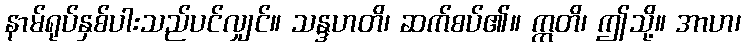
နာမ်ရုပ်နှစ်ပါးသည်ပင်လျှင်။ သန္ဒဟတိ၊ ဆက်စပ်၏။ ဣတိ၊ ဤသို့။ အာဟ၊